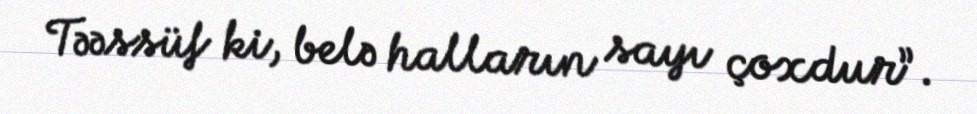
Təəssüf ki, belə halların sayı çoxdur”.